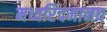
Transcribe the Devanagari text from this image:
मध्वरिंदमानघ